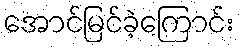
အောင်မြင်ခဲ့ကြောင်း